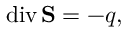
\mathrm { d i v } \, \mathbf { S } = - q ,